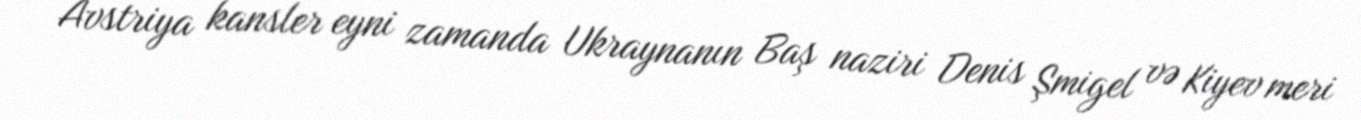
Avstriya kansler eyni zamanda Ukraynanın Baş naziri Denis Şmigel və Kiyev meri